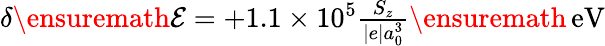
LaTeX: \begin{array}{r}{{\delta{\ensuremath{\mathcal E}}}=+1.1\times 10^{5}\frac{S_{z}}{|e|a_{0}^{3}}\ensuremath{\, \mathrm{eV}}}\end{array}